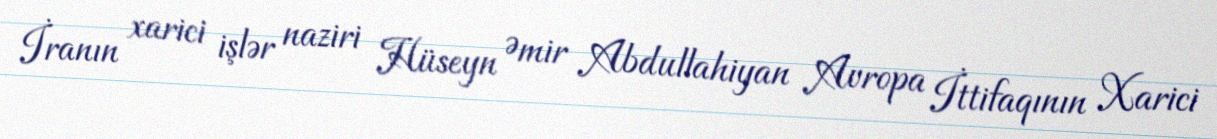
İranın xarici işlər naziri Hüseyn Əmir Abdullahiyan Avropa İttifaqının Xarici